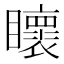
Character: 𭿯